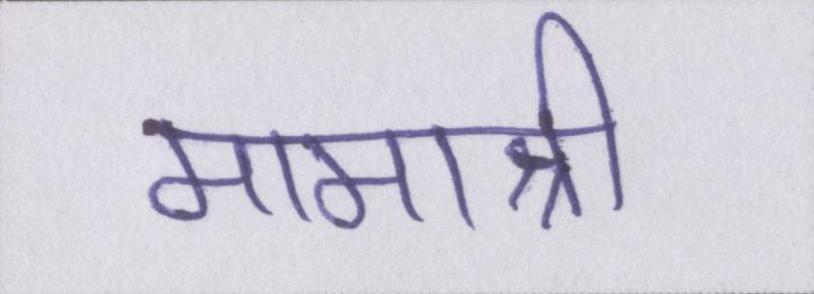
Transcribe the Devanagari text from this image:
मामाश्री